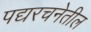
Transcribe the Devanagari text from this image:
पद्यरचनेतील